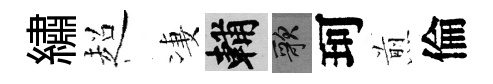
繡超凄輔歌珂煎倫